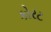
કોરટ